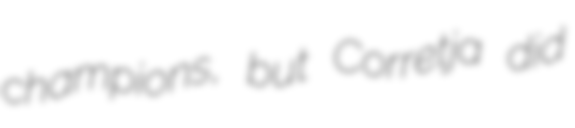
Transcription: champions, but Corretja did